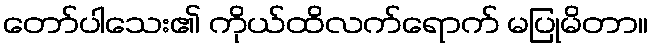
တော်ပါသေး၏ ကိုယ်ထိလက်ရောက် မပြုမိတာ။